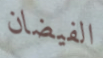
الفيضان